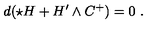
d ( \star H + H ^ { \prime } \wedge C ^ { + } ) = 0 \ .